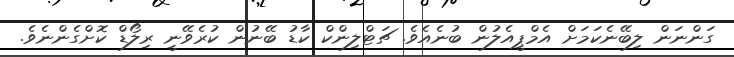
ގަންނަން ލިބޭނެކަމަށް އެމްޕީއެލުން ބުނެއެވެ. ޗަޓްލިންކް ކާޑު ބޭނުން ކުރެވޭނީ ރިލޯޑް ކޮށްގެންނެވެ.